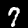
Label: 7